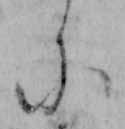
ニ